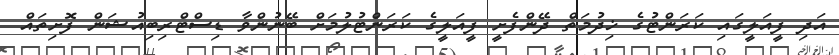
އަދި ފީއަލީގައި ކަރަންޓުގެ ޚިދުމަތް ދޭންފެށީ ފީއަލީގެ ކަރަންޓުލުމަށް ބޭނުންވާ ޑިސްޓްރިބިއުޝަން ފޮށިތައް